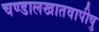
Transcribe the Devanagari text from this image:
चण्डालखातवापीषु